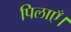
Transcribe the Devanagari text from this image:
पिलाएँ।